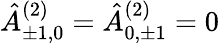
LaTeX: \hat{A}_{\pm 1,0}^{(2)}=\hat{A}_{0,\pm 1}^{(2)}=0